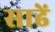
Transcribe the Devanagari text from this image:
साढें